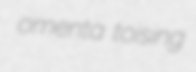
omenta toising